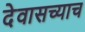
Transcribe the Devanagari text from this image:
देवासच्याच